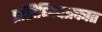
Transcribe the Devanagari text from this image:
प्रसिध्दिपत्रकात